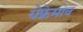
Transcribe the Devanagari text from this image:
येफ्रेमोव